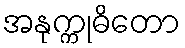
အနုက္ကုဓိတော